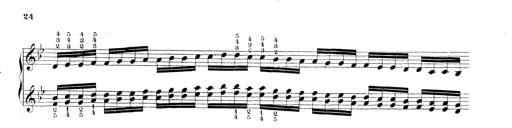
Title: Technische Studien
Composer: Franz Liszt